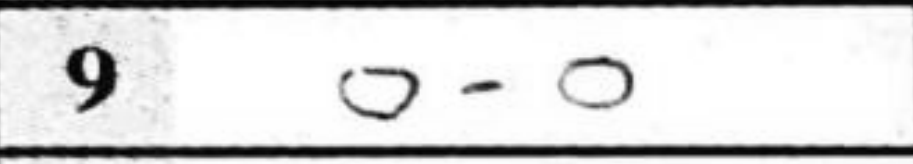
Transcription: O-O